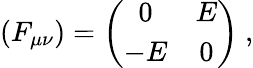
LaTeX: (F_{\mu\nu})=\left(\begin{array}{cc}{{0}}&{{E}}\\ {{-E}}&{{0}}\end{array}\right)\ ,